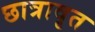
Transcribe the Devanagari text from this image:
छात्रावृत